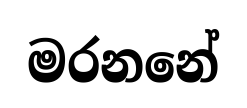
මරනනේ